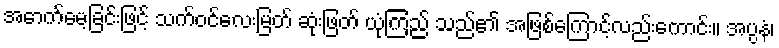
အောက်မေ့ခြင်းဖြင့် သက်ဝင်လေးမြတ် ဆုံးဖြတ် ယုံကြည် သည်၏ အဖြစ်ကြောင့်လည်းကောင်း။ အပ္ပနံ၊